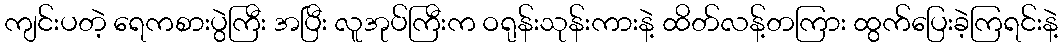
ကျင်းပတဲ့ ရေကစားပွဲကြီး အပြီး လူအုပ်ကြီးက ဝရုန်းသုန်းကားနဲ့ ထိတ်လန့်တကြား ထွက်ပြေးခဲ့ကြရင်းနဲ့